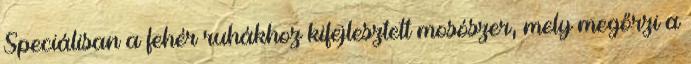
Speciálisan a fehér ruhákhoz kifejlesztett mosószer, mely megőrzi a